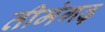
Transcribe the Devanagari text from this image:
तीमंगढ़